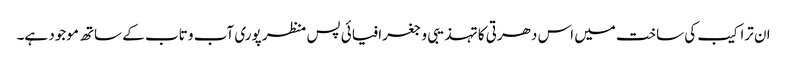
ان تراکیب کی ساخت میں اس دھرتی کا تہذیبی و جغرافیائی پس منظر پوری آب و تاب کے ساتھ موجود ہے۔